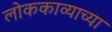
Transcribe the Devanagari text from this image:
लोककाव्याच्या